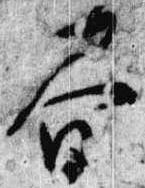
春